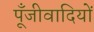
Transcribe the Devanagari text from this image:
पूँजीवादियों